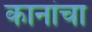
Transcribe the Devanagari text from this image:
कानांचा